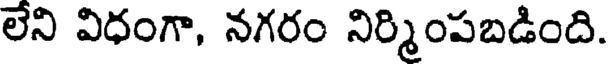
లేని విధంగా, నగరం నిర్మింపబడింది.